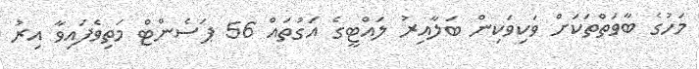
މަހުގެ ބާވަތްތަކަށް ވަކިވަކިން ބަލާއިރު ލައްޓީގެ އަގުތައް 56 ޕަސެންޓް މަތިވެފައިވާ އިރު